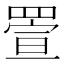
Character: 𦋠